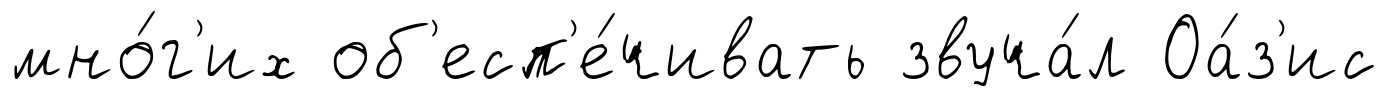
мно́г'их об'есп'е́чивать звуча́л Оа́з'ис